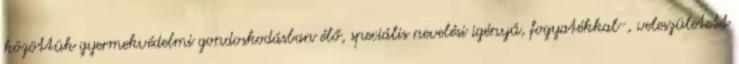
közöttük gyermekvédelmi gondoskodásban élő, speciális nevelési igényű, fogyatékkal-, veleszületett